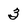
Character: 3